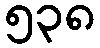
၅၃၈